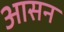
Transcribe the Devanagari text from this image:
अासन